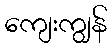
ကျေးကျွန်